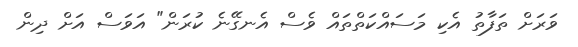
ވަރަށް ތަފާތު އެކި މަސައްކަތްތައް ވެސް އެނގޭނެ ކުރަން" އަވަސް އަށް ދިން